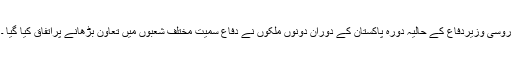
روسی وزیردفاع کے حالیہ دورہ پاکستان کے دوران دونوں ملکوں نے دفاع سمیت مختلف شعبوں میں تعاون بڑھانے پراتفاق کیا گیا ۔